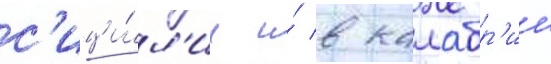
с'ици́л'ии и́ в калабр'ии